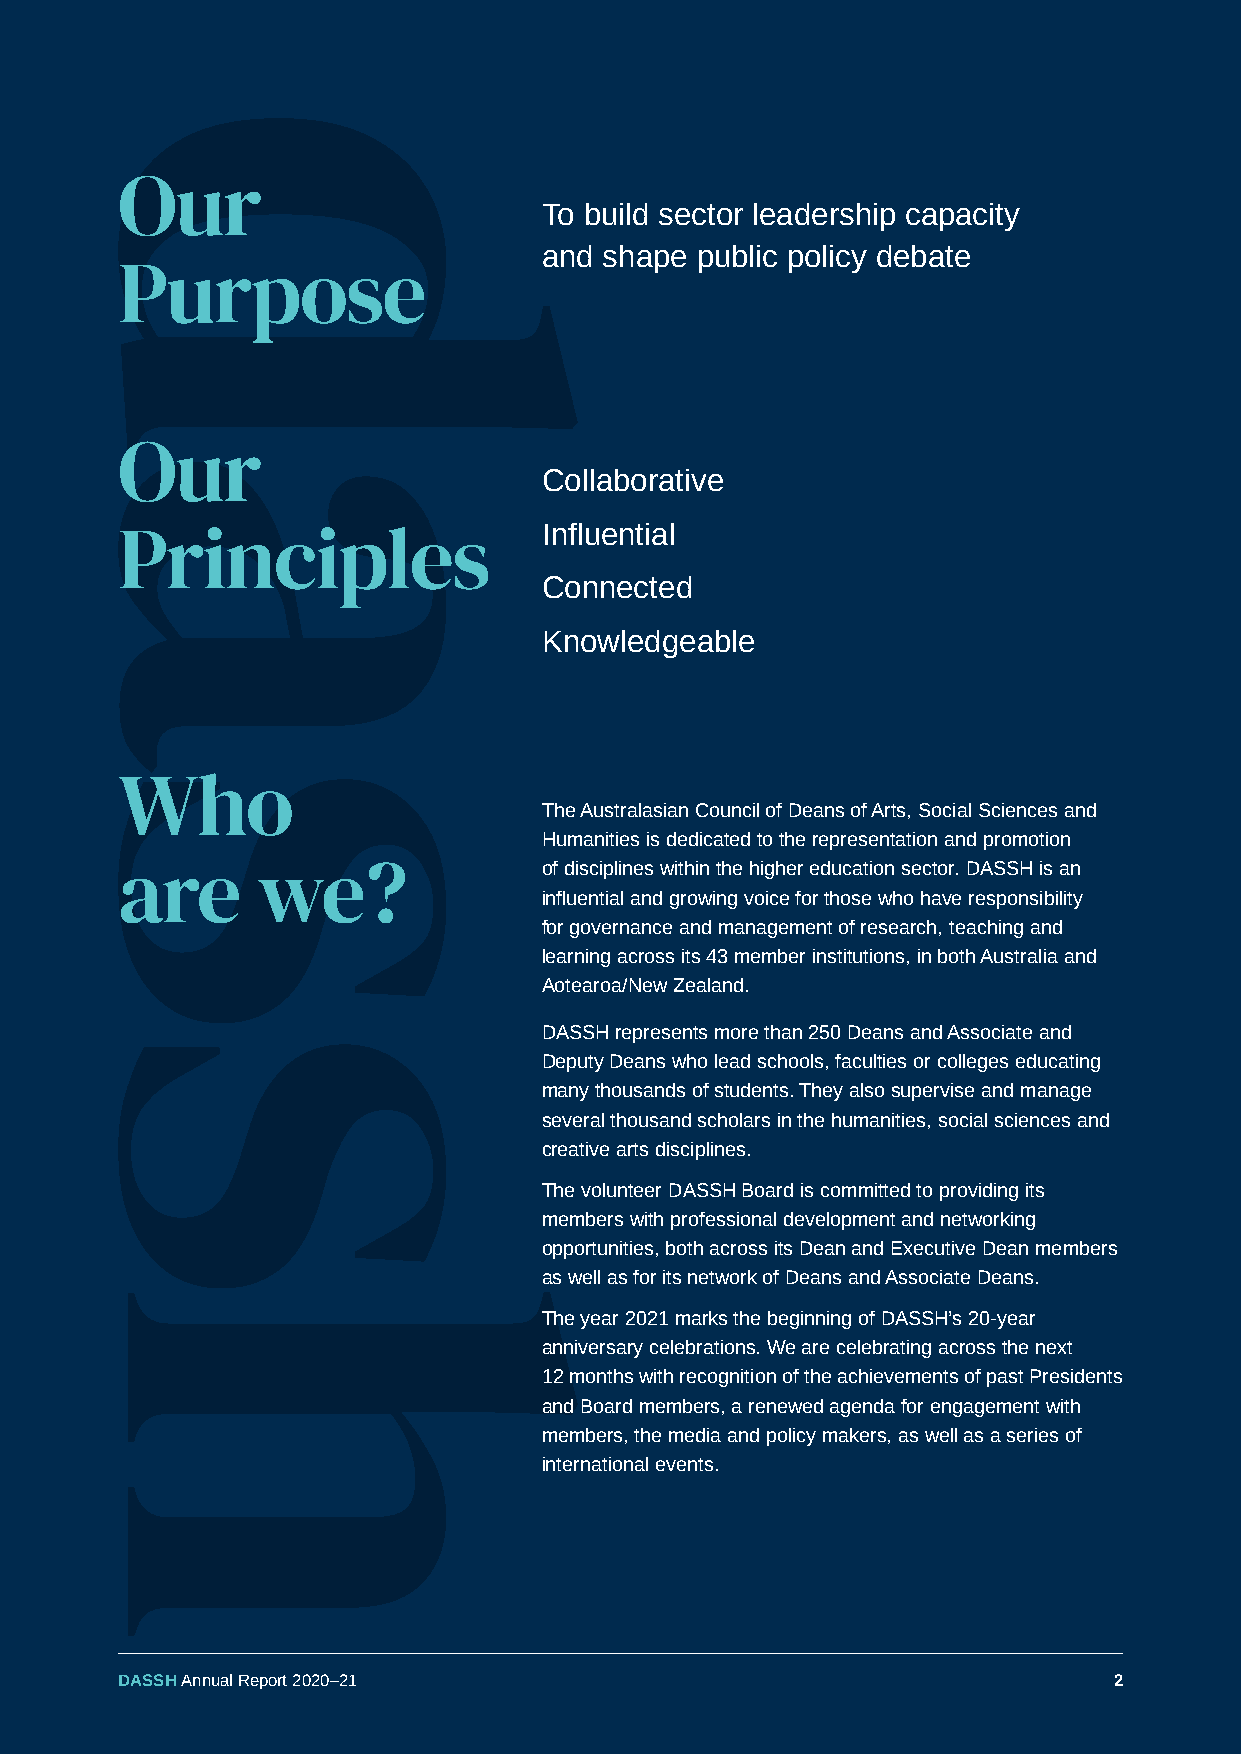
Our
 To build sector leadership capacity
 and shape public policy debate
 Purpose
 Our
 Collaborative
 Principles                  Influential
 Connected
 Knowledgeable
 Who
 The Australasian Council of Deans of Arts, Social Sciences and
 Humanities is dedicated to the representation and promotion
 are      we?                of disciplines within the higher education sector. DASSH is an
 influential and growing voice for those who have responsibility
 for governance and management of research, teaching and
 learning across its 43 member institutions, in both Australia and
 Aotearoa/New Zealand.
 DASSH represents more than 250 Deans and Associate and
 Deputy Deans who lead schools, faculties or colleges educating
 many thousands of students. They also supervise and manage
 several thousand scholars in the humanities, social sciences and
 creative arts disciplines.
 The volunteer DASSH Board is committed to providing its
 members with professional development and networking
 opportunities, both across its Dean and Executive Dean members
 as well as for its network of Deans and Associate Deans.
 The year 2021 marks the beginning of DASSH’s 20-year
 anniversary celebrations. We are celebrating across the next
 12 months with recognition of the achievements of past Presidents
 and Board members, a renewed agenda for engagement with
 members, the media and policy makers, as well as a series of
 international events.
 DASSH Annual Report 2020–21                                       2